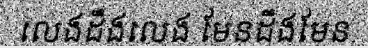
លេងដឹងលេង មែនដឹងមែន